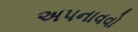
અપનાવવો